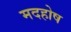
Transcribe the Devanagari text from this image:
मदहोष